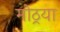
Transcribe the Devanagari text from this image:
मोठ्रया